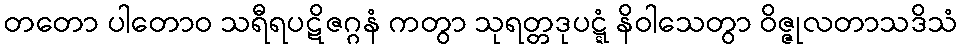
တတော ပါတောဝ သရီရပဋိဇဂ္ဂနံ ကတွာ သုရတ္တဒုပဋ္ဋံ နိဝါသေတွာ ဝိဇ္ဇုလတာသဒိသံ